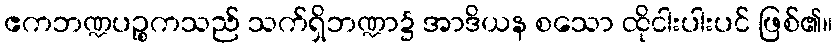
ဧကဘဏ္ဍပဉ္စကသည် သက်ရှိဘဏ္ဍာ၌ အာဒိယန စသော ထိုငါးပါးပင် ဖြစ်၏။